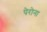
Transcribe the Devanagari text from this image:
पेरोना